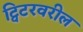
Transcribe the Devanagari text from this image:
ट्विटरवरील